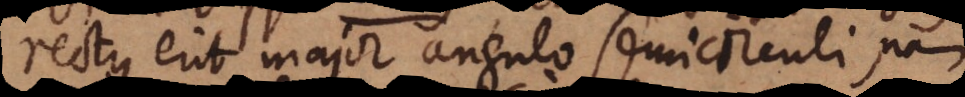
rectus erit major angulo semicirculi, nam